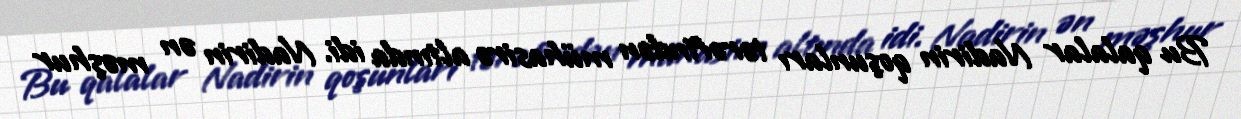
Bu qalalar Nadirin qoşunları tərəfindən mühasirə altında idi. Nadirin ən məşhur